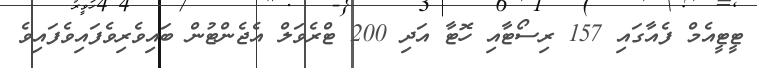
ޓީޓީއެމް ފެއާގައި 157 ރިސޯޓާއި ހޮޓާ އަދި 200 ޓްރެވަލް އެޖެންޓުން ބައިވެރިވެފައިވެފައިވެ